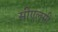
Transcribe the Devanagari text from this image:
सीएलसी